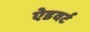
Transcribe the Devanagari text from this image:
ऐडवर्ट